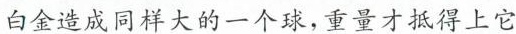
白金造成同样大的一个球，重量才抵得上它